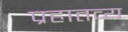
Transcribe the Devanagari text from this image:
प्रहातव्य